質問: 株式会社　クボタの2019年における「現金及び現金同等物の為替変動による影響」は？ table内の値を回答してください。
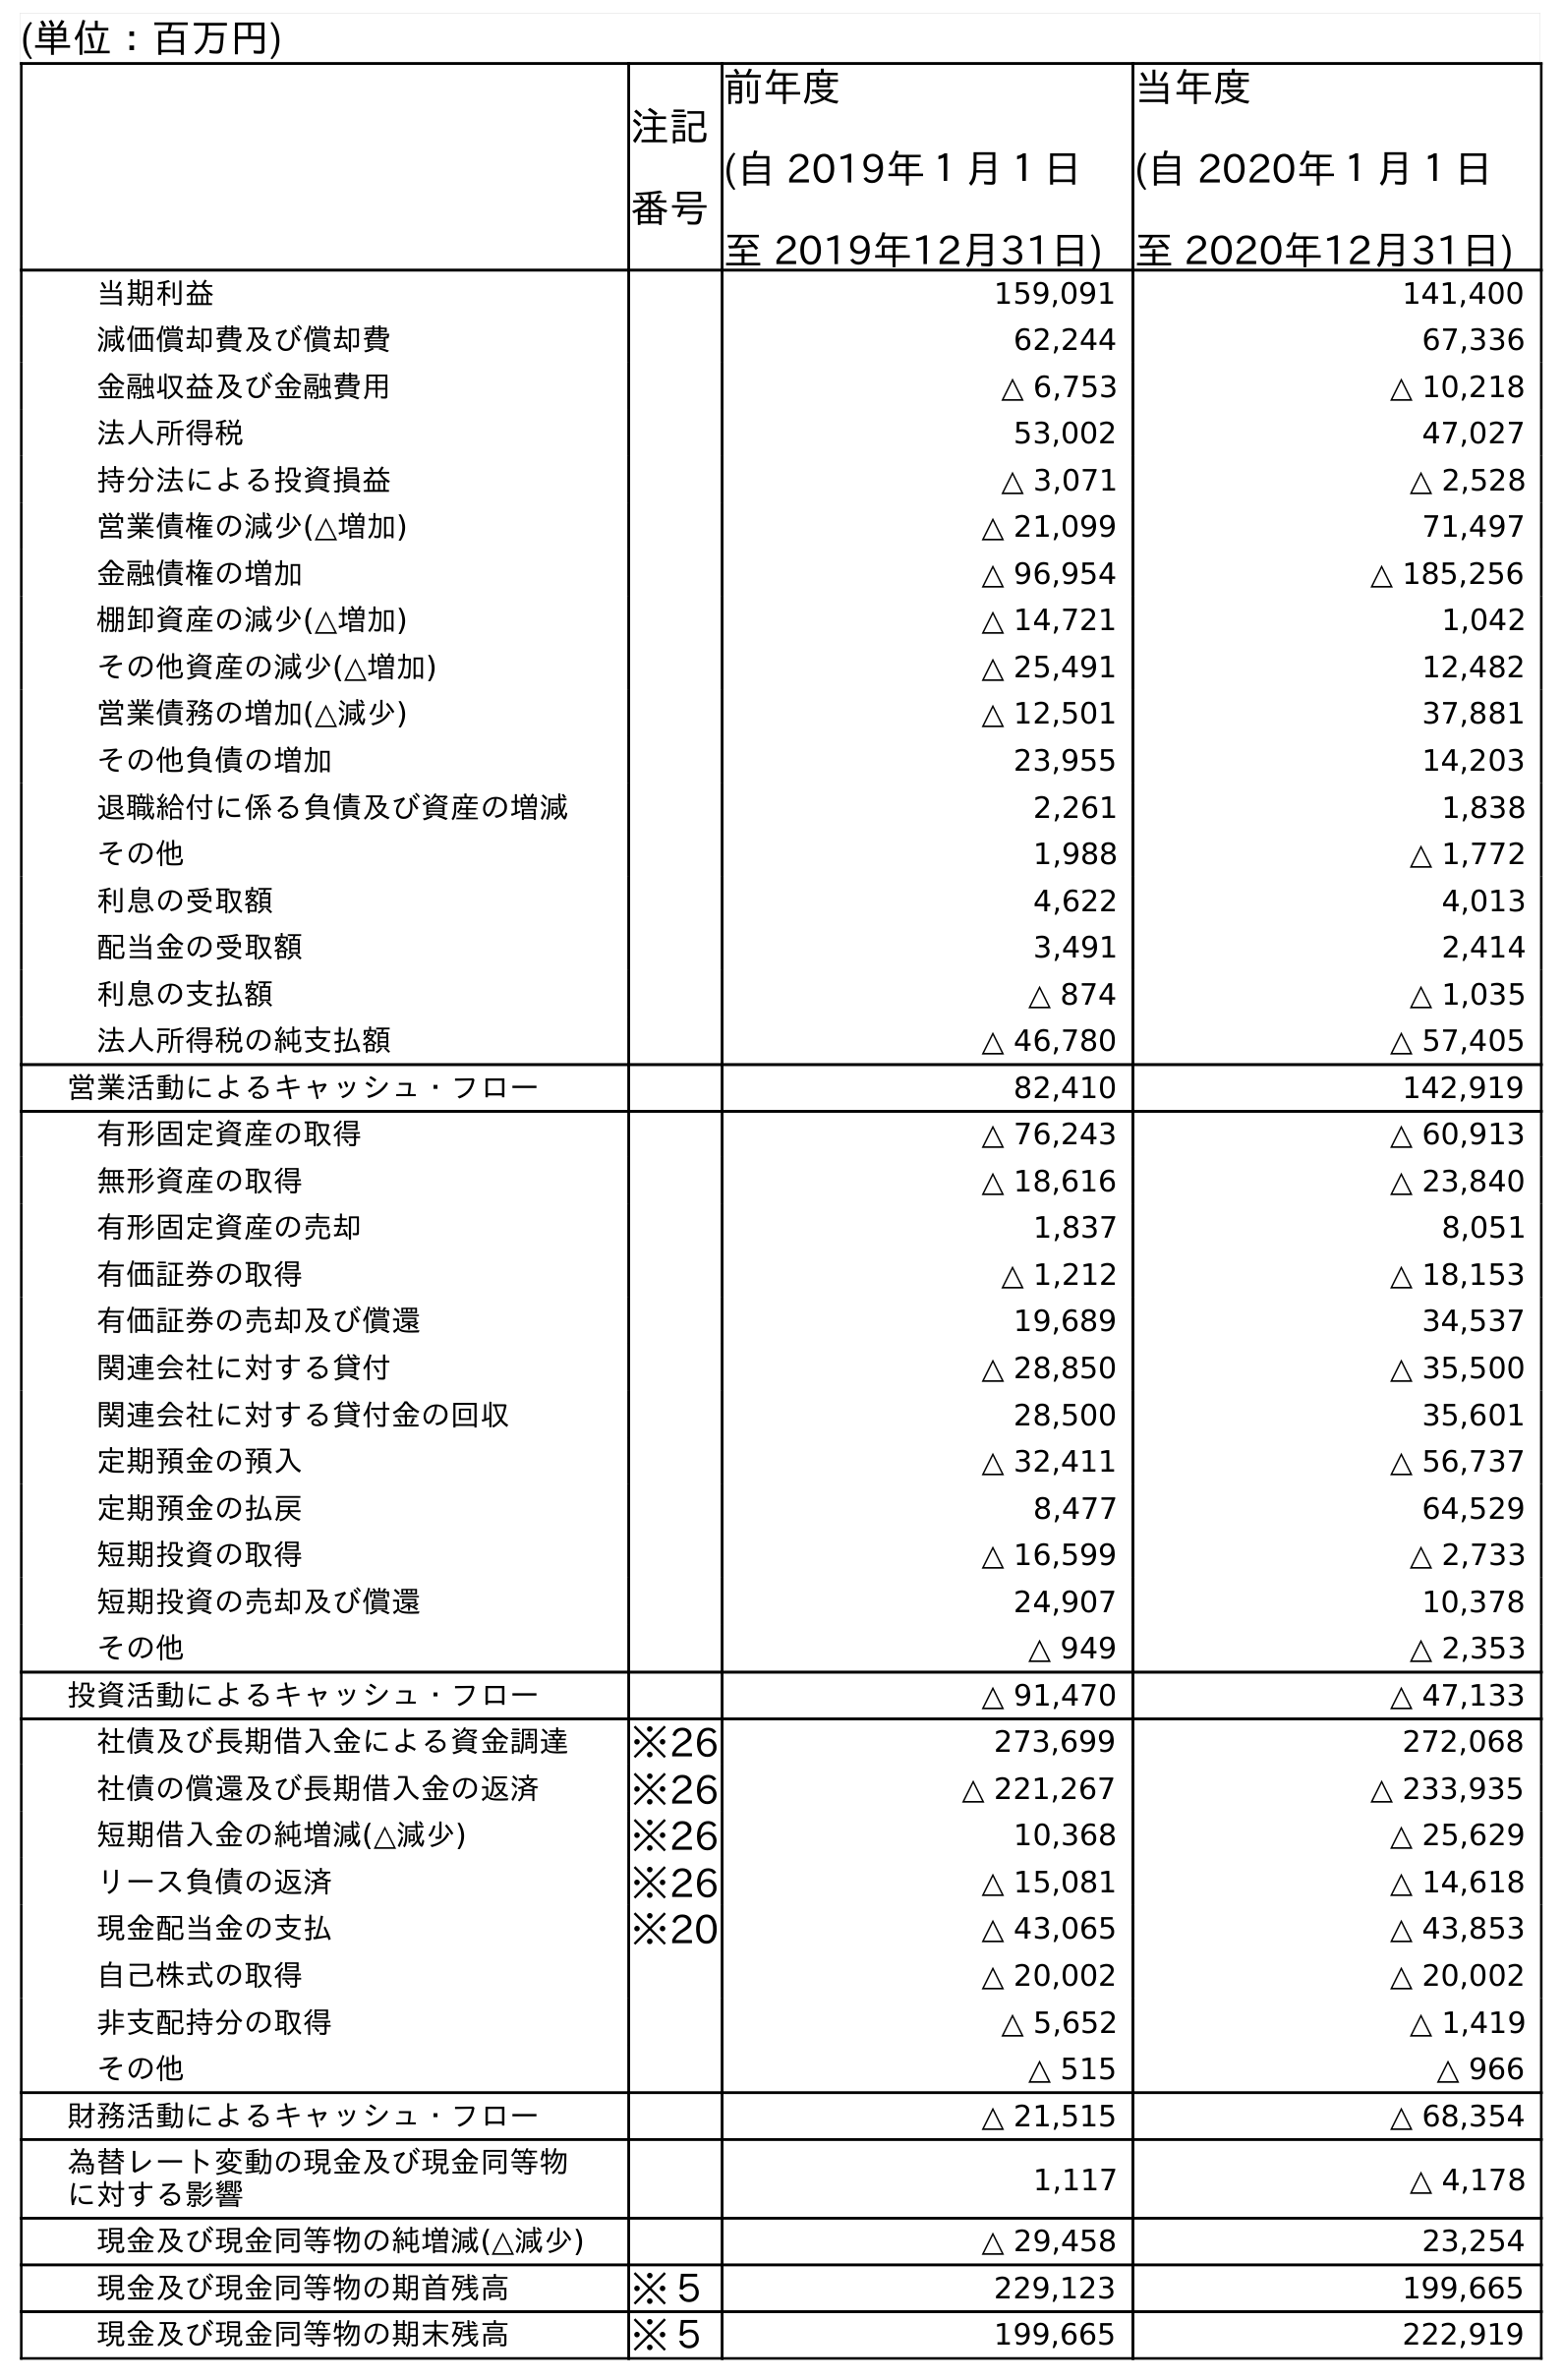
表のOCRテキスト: (単位：百万円) 注記 番号 前年度 (自 2019年１月１日 至 2019年12月31日) 当年度 (自 2020年１月１日 至 2020年12月31日) 当期利益 159,091 141,400 減価償却費及び償却費 62,244 67,336 金融収益及び金融費用 △ 6,753 △ 10,218 法人所得税 53,002 47,027 持分法による投資損益 △ 3,071 △ 2,528 営業債権の減少(△増加) △ 21,099 71,497 金融債権の増加 △ 96,954 △ 185,256 棚卸資産の減少(△増加) △ 14,721 1,042 その他資産の減少(△増加) △ 25,491 12,482 営業債務の増加(△減少) △ 12,501 37,881 その他負債の増加 23,955 14,203 退職給付に係る負債及び資産の増減 2,261 1,838 その他 1,988 △ 1,772 利息の受取額 4,622 4,013 配当金の受取額 3,491 2,414 利息の支払額 △ 874 △ 1,035 法人所得税の純支払額 △ 46,780 △ 57,405 営業活動によるキャッシュ・フロー 82,410 142,919 有形固定資産の取得 △ 76,243 △ 60,913 無形資産の取得 △ 18,616 △ 23,840 有形固定資産の売却 1,837 8,051 有価証券の取得 △ 1,212 △ 18,153 有価証券の売却及び償還 19,689 34,537 関連会社に対する貸付 △ 28,850 △ 35,500 関連会社に対する貸付金の回収 28,500 35,601 定期預金の預入 △ 32,411 △ 56,737 定期預金の払戻 8,477 64,529 短期投資の取得 △ 16,599 △ 2,733 短期投資の売却及び償還 24,907 10,378 その他 △ 949 △ 2,353 投資活動によるキャッシュ・フロー △ 91,470 △ 47,133 社債及び長期借入金による資金調達 ※26 273,699 272,068 社債の償還及び長期借入金の返済 ※26 △ 221,267 △ 233,935 短期借入金の純増減(△減少) ※26 10,368 △ 25,629 リース負債の返済 ※26 △ 15,081 △ 14,618 現金配当金の支払 ※20 △ 43,065 △ 43,853 自己株式の取得 △ 20,002 △ 20,002 非支配持分の取得 △ 5,652 △ 1,419 その他 △ 515 △ 966 財務活動によるキャッシュ・フロー △ 21,515 △ 68,354 為替レート変動の現金及び現金同等物 に対する影響 1,117 △ 4,178 現金及び現金同等物の純増減(△減少) △ 29,458 23,254 現金及び現金同等物の期首残高 ※５ 229,123 199,665 現金及び現金同等物の期末残高 ※５ 199,665 222,919
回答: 1,117